Report of the Imperial Institute of Veterinary Research, Muktesar
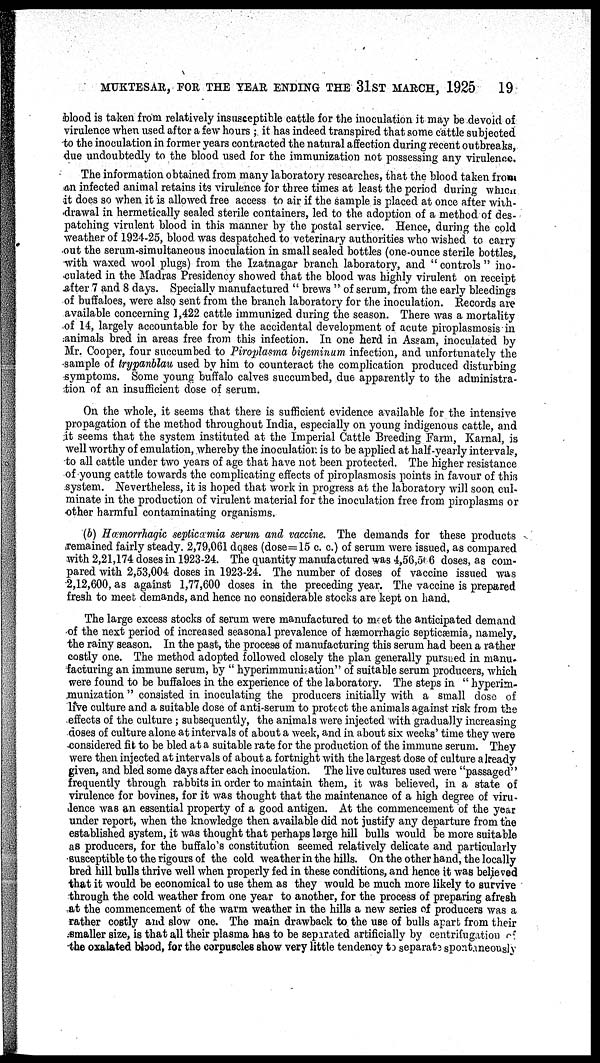
MUKTESAR, FOR THE YEAR ENDING THE 31ST MARCH, 1925
19
blood is taken from relatively insusceptible cattle for the inoculation it may be devoid of
virulence when used after a few hours ; it has indeed transpired that some cattle subjected
to the inoculation in former years contracted the natural affection during recent outbreaks,
due undoubtedly to the blood used for the immunization not possessing any virulence.
The information obtained from many laboratory researches, that the blood taken from
an infected animal retains its virulence for three times at least the period during which
it does so when it is allowed free access to air if the sample is placed at once after with-
drawal in hermetically sealed sterile containers, led to the adoption of a method of des-
patching virulent blood in this manner by the postal service. Hence, during the cold
weather of 1924-25, blood was despatched to veterinary authorities who wished to carry
out the serum-simultaneous inoculation in small sealed bottles (one-ounce sterile bottles,
with waxed wool plugs) from the Izatnagar branch laboratory, and " controls " ino-
culated in the Madras Presidency showed that the blood was highly virulent on receipt
after 7 and 8 days. Specially manufactured " brews " of serum, from the early bleedings
of buffaloes, were also sent from the branch laboratory for the inoculation. Records are
available concerning 1,422 cattle immunized during the season. There was a mortality
of 14, largely accountable for by the accidental development of acute piroplasmosis in
animals bred in areas free from this infection. In one herd in Assam, inoculated by
Mr. Cooper, four succumbed to Piroplasma bigeminum infection, and unfortunately the
sample of trypanblau used by him to counteract the complication produced disturbing
symptoms. Some young buffalo calves succumbed, due apparently to the administra-
tion of an insufficient dose of serum.
On the whole, it seems that there is sufficient evidence available for the intensive
propagation of the method throughout India, especially on young indigenous cattle, and
it seems that the system instituted at the Imperial Cattle Breeding Farm, Karnal, is
well worthy of emulation, whereby the inoculation is to be applied at half-yearly intervals,
to all cattle under two years of age that have not been protected. The higher resistance
of young cattle towards the complicating effects of piroplasmosis points in favour of this
system. Nevertheless, it is hoped that work in progress at the laboratory will soon cul-
minate in the production of virulent material for the inoculation free from piroplasms or
other harmful contaminating organisms.
(b) Hæmorrhagic septicæmia serum and vaccine. The demands for these products
remained fairly steady. 2,79,061 dqses (dose=15 c. c.) of serum were issued, as compared
with 2,21,174 doses in 1923-24. The quantity manufactured was 4,56,566 doses, as com-
pared with 2,53,004 doses in 1923-24. The number of doses of vaccine issued was
2,12,600, as against 1,77,600 doses in the preceding year. The vaccine is prepared
fresh to meet demands, and hence no considerable stocks are kept on hand.
The large excess stocks of serum were manufactured to meet the anticipated demand
of the next period of increased seasonal prevalence of hæmorrhagic septicæmia, namely,
the rainy season. In the past, the process of manufacturing this serum had been a rather
costly one. The method adopted followed closely the plan generally pursued in manu-
facturing an immune serum, by " hyperimmunization" of suitable serum producers, which
were found to be buffaloes in the experience of the laboratory. The steps in " hyperim-
munization" consisted in inoculating the producers initially with a small dose of
live culture and a suitable dose of anti-serum to protect the animals against risk from the
effects of the culture ; subsequently, the animals were injected with gradually increasing
doses of culture alone at intervals of about a week, and in about six weeks' time they were
considered fit to be bled at a suitable rate for the production of the immune serum. They
were then injected at intervals of about a fortnight with the largest dose of culture already
given, and bled some days after each inoculation. The live cultures used were "passaged"
frequently through rabbits in order to maintain them, it was believed, in a state of
virulence for bovines, for it was thought that the maintenance of a high degree of viru-
lence was an essential property of a good antigen. At the commencement of the year
under report, when the knowledge then available did not justify any departure from the
established system, it was thought that perhaps large hill bulls would be more suitable
as producers, for the buffalo's constitution seemed relatively delicate and particularly
susceptible to the rigours of the cold weather in the hills. On the other hand, the locally
bred hill bulls thrive well when properly fed in these conditions, and hence it was believed
that it would be economical to use them as they would be much more likely to survive
through the cold weather from one year to another, for the process of preparing afresh
at the commencement of the warm weather in the hills a new series of producers was a
rather costly and slow one. The main drawback to the use of bulls apart from their
smaller size, is that all their plasma has to be separated artificially by centrifugation of
the oxalated blood, for the corpuscles show very little tendency to separate spontaneously